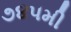
૭૪૫મી